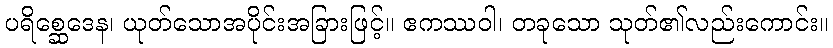
ပရိစ္ဆေဒေန၊ ယုတ်သောအပိုင်းအခြားဖြင့်။ ဧကဿဝါ၊ တခုသော သုတ်၏လည်းကောင်း။